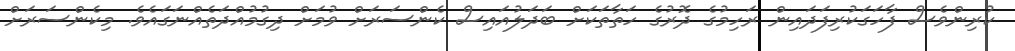
ކުރިންވެސް ފާހަގަކުރިފަދައިން ރަހިމުގެ ދޮރުގެ ހަތާތަކަށް ބަދަލުއައިސް ކެންސަރަށް ވުމަށް ދިގުމުއްދަތެއްނަގައެވެ. މިކެންސަރަށް